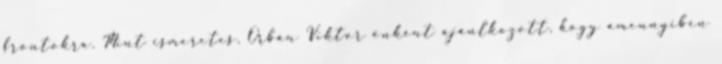
frontokra. Mint ismeretes, Orbán Viktor önként ajánlkozott, hogy amennyiben